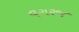
વગરજ